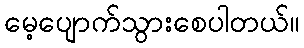
မေ့ပျောက်သွားစေပါတယ်။